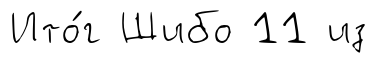
Ито́г Шибо 11 из